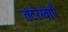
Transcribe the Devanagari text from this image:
तटरेखाएँ